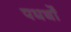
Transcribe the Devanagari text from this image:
पधर्थों